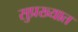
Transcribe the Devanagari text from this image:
सुप्रख्यात